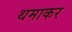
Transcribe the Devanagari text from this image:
थमाकर